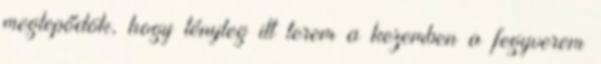
meglepődök, hogy tényleg itt terem a kezemben a fegyverem